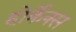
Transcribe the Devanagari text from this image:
होर्क्रेक्स